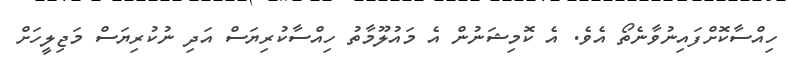
ހިއްސާކޮށްފައިނުވާނެތޯ އެވެ. އެ ކޮމިޝަނުން އެ މައުލޫމާތު ހިއްސާކުރިޔަސް އަދި ނުކުރިޔަސް މަޖިލީހަށް